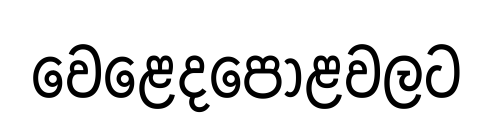
වෙළෙදපොළවලට